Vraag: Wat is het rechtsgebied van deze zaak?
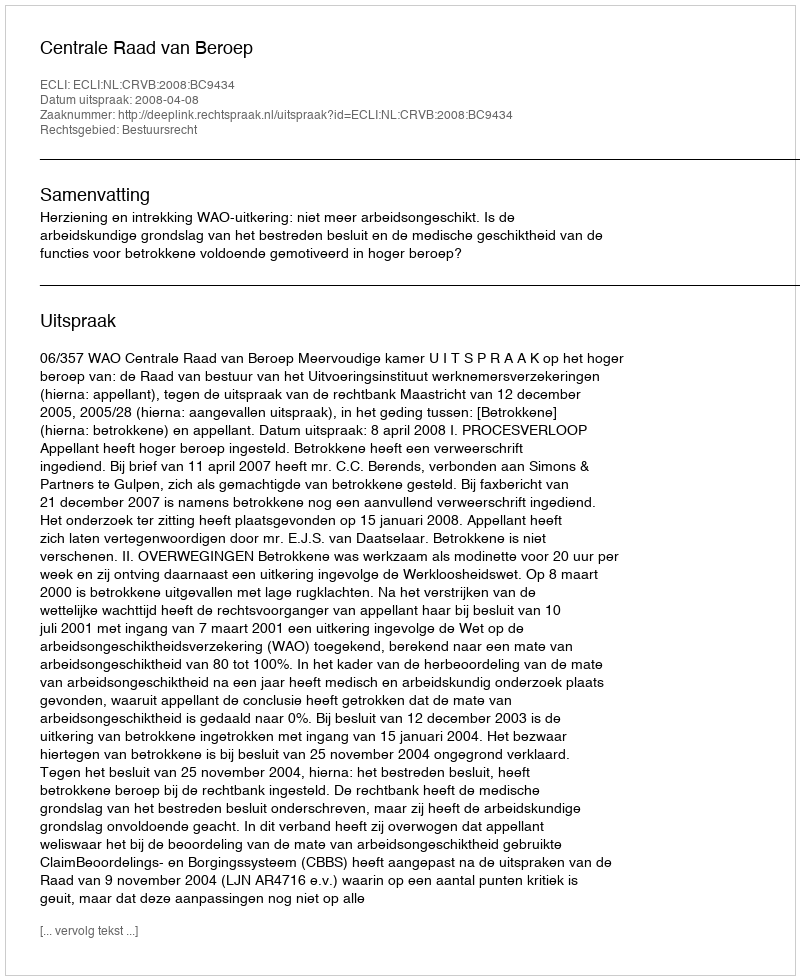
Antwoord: Bestuursrecht